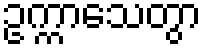
ဥက္ကာသေတွာ